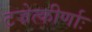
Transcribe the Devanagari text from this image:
टज्रेत्कीर्णाः